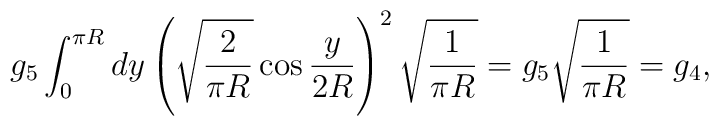
g_{5} \int_{0}^{\pi R}dy     \left(\sqrt{\frac{2}{\pi R}} \cos \frac{y}{2R} \right)^{2}    \sqrt{\frac{1}{\pi R}}    = g_{5} \sqrt{\frac{1}{\pi R}} = g_{4},